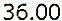
36.00